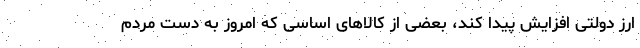
ارز دولتی افزایش پیدا کند، بعضی از کالاهای اساسی که امروز به دست مردم